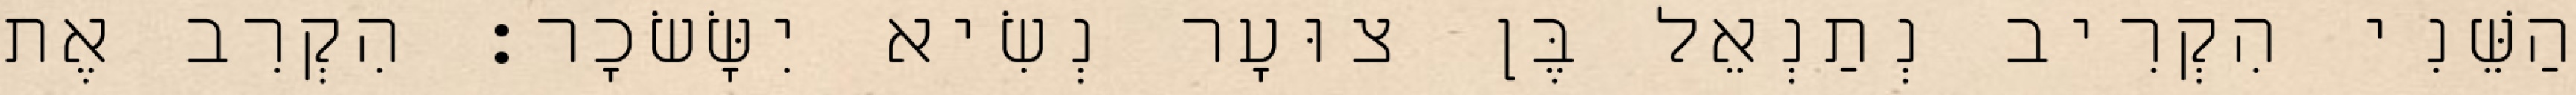
הַשֵּׁנִי הִקְרִיב נְתַנְאֵל בֶּן צוּעָר נְשִׂיא יִשָּׂשׂכָר׃ הִקְרִב אֶת